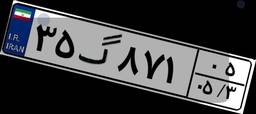
۳۵گ۸۷۱۰۵